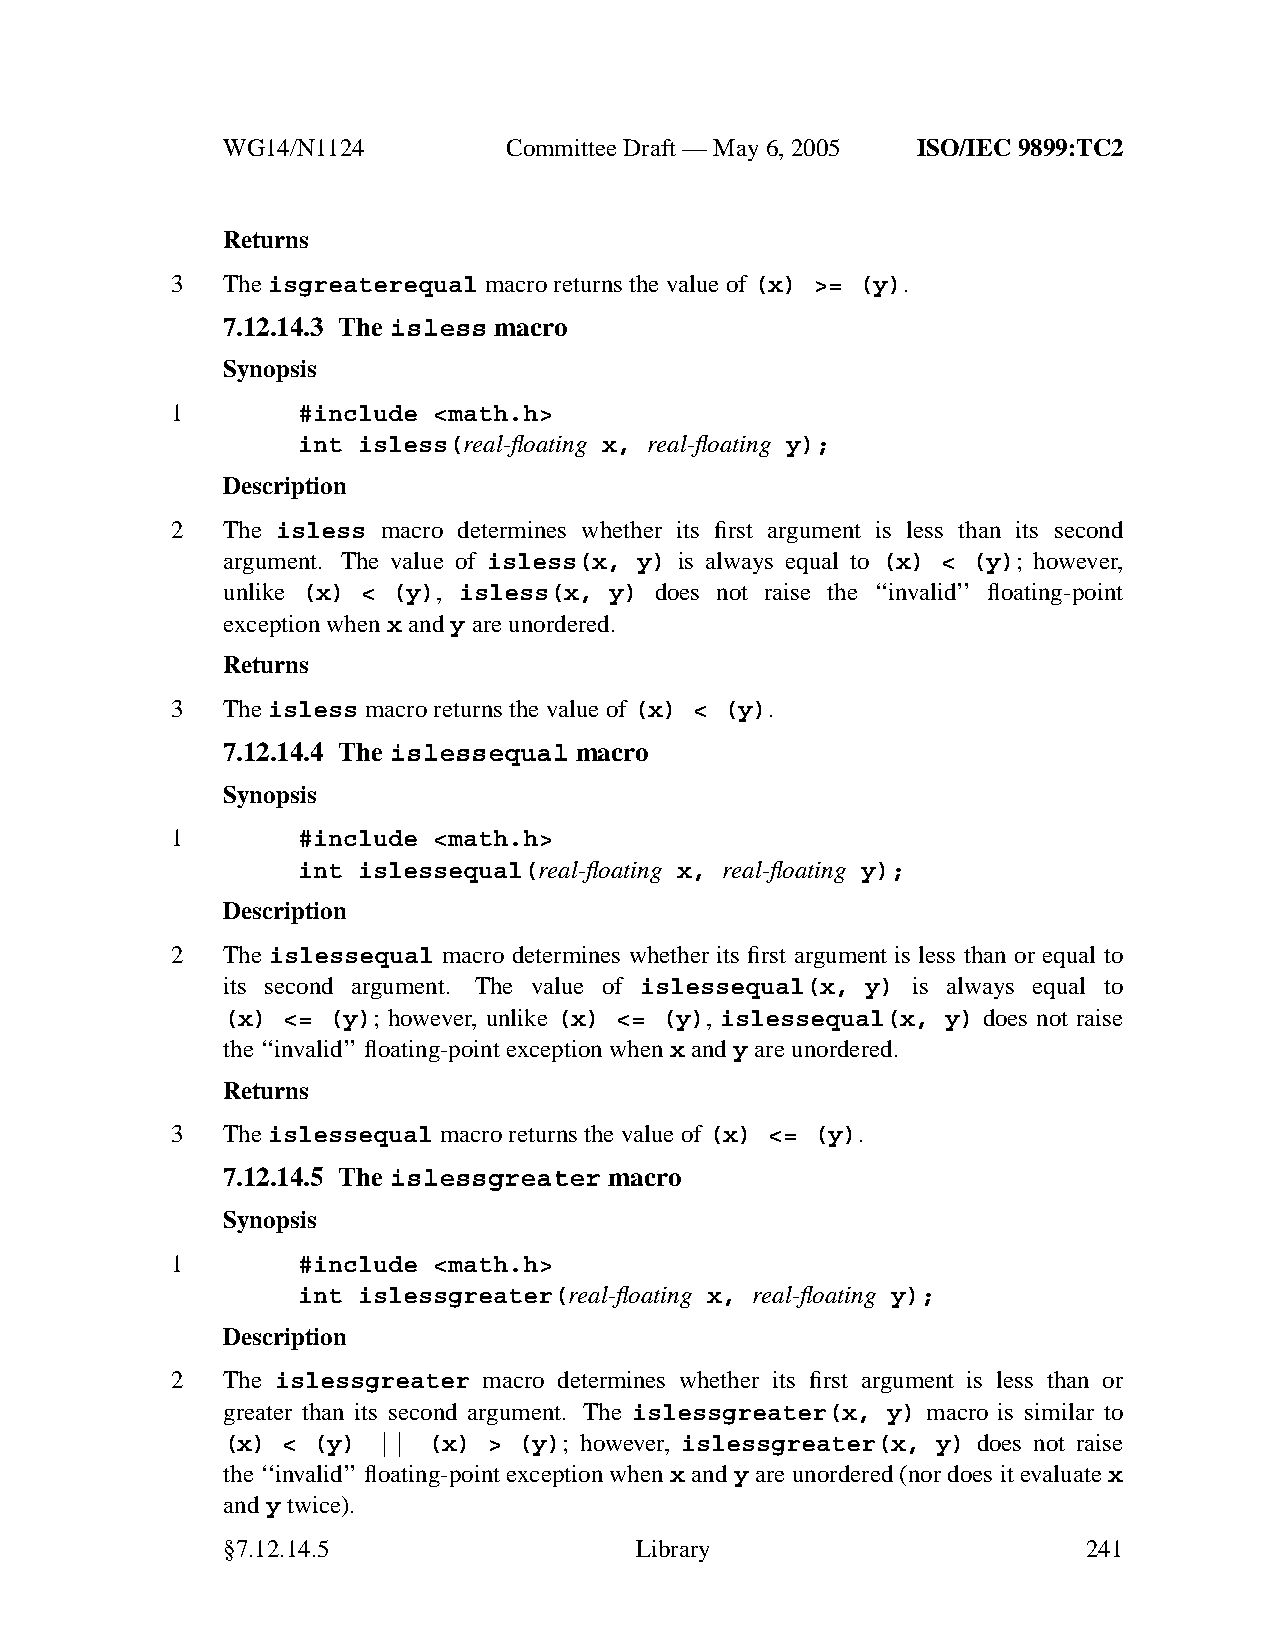
WG14/N1124        CommitteeDraft — May 6, 2005 ISO/IEC 9899:TC2
 Returns
 3   Theisgreaterequal macro returns the value of(x) >= (y).
 7.12.14.3 The isless macro
 Synopsis
 1        #include <math.h>
 int isless(real-floating x, real-floating y);
 Description
 2   The isless macro determines whether its first argument is less than its second
 argument. The value of isless(x, y) is always equal to (x) < (y); howev er,
 unlike (x) < (y), isless(x, y) does not raise the ‘‘invalid’’ floating-point
 exception whenx andy are unordered.
 Returns
 3   Theisless macro returns the value of(x) < (y).
 7.12.14.4 The islessequal macro
 Synopsis
 1        #include <math.h>
 int islessequal(real-floating x, real-floating y);
 Description
 2   The islessequal macro determines whether its first argument is less than or equal to
 its second argument. The value of islessequal(x, y) is always equal to
 (x) <= (y); howev er, unlike (x) <= (y), islessequal(x, y) does not raise
 the ‘‘invalid’’floating-point exception whenx andy are unordered.
 Returns
 3   Theislessequal macro returns the value of(x) <= (y).
 7.12.14.5 The islessgreater macro
 Synopsis
 1        #include <math.h>
 int islessgreater(real-floating x, real-floating y);
 Description
 2   The islessgreater macro determines whether its first argument is less than or
 greater than its second argument. The islessgreater(x, y) macro is similar to
 (x) < (y) || (x) > (y); howev er, islessgreater(x, y) does not raise
 the ‘‘invalid’’ floating-point exception when x and y are unordered (nor does it evaluate x
 andy twice).
 §7.12.14.5                 Library                       241